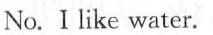
No. I like water.